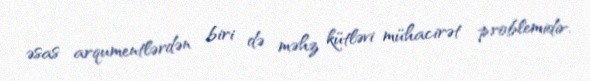
əsas arqumentlərdən biri də məhz kütləvi mühacirət problemidir.